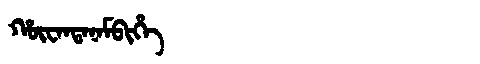
Manchu: ᡥᡡᠸᠠᠨᡨᠠᠨᠠᠮᠪᡳᡥᡝ
Romanization: HŪWANTANAMBIHE